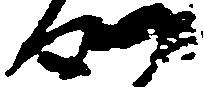
つ